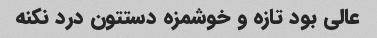
عالی بود تازه و خوشمزه دستتون درد نکنه